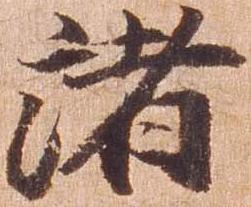
諸